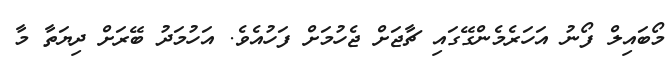
މޯބައިލް ފޯނު އަހަރެމެންގޭގައި ޗާޖަށް ޖެހުމަށް ފަހުއެވެ. އަހުމަދު ބޭރަށް ދިޔަތާ މާ